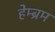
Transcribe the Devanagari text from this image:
हेम्‍ब्रम